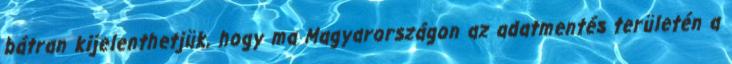
bátran kijelenthetjük, hogy ma Magyarországon az adatmentés területén a